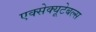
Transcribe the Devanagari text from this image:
एक्सेक्यूटेबल्स